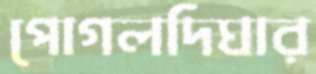
পোগলদিঘার